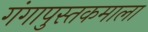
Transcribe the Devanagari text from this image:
गंगापुस्तकमाला